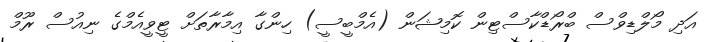
އަދި މޯލްޑިވްސް ބްރޯޑްކާސްޓިން ކޮމިޝަން (އެމްބީސީ) ހިންގާ އިމާރާތަށް ޓީވީއެމްގެ ނިއުސް ރޫމް